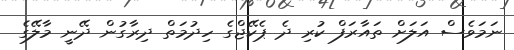
ނަމަވެސް އަލަށް ތައާރަފް ކުރި ދެ ޕެކޭޖްގެ ހިދުމަތް ދިރާގުން ދޭނީ މާލޭގެ